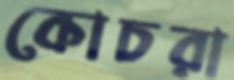
কোচরা